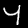
Label: 4